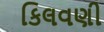
કિલવણી